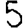
Digit: 5